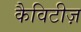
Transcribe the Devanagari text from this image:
कैविटीज़